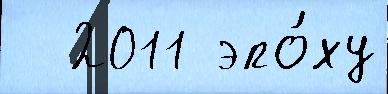
  2011 эпо́ху